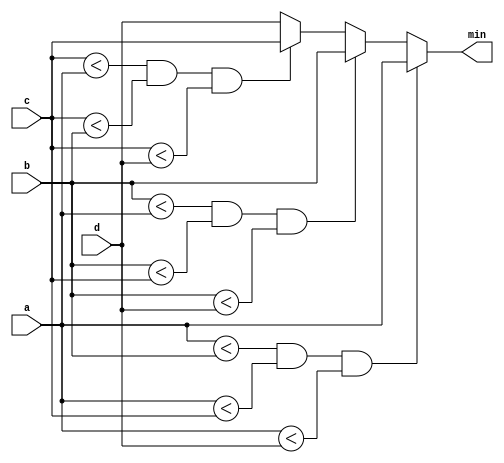
module top_module (
    input [7:0] a, b, c, d,
    output [7:0] min);//

    // assign intermediate_result1 = compare? true: false;
    always@(*)
        begin
            if((a<b)&&(a<c)&&(a<d))
                min<=a;
            else if((b<a)&&(b<c)&&(b<d))
                min<=b;
            else if((c<a)&&(c<b)&&(c<d))
                min<=c;
            else
                min<=d;
        end

endmodule